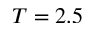
T = 2 . 5